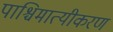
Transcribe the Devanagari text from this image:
पाश्चिमात्यीकरण